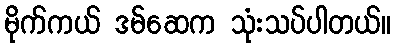
မိုက်ကယ် ဒမ်ဆေက သုံးသပ်ပါတယ်။